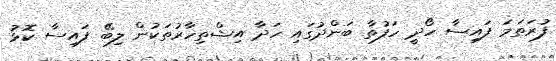
ފުރަތަމަ ފައިސާ ހޯދީ ހަފުތާ ބަންދުގައި ހަދާ އިޝްތިހާރުތަކުން ލިބޭ ފައިސާ ކޮޅު